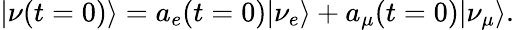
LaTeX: |\nu(t=0)\rangle=a_{e}(t=0)|\nu_{e}\rangle+a_{\mu}(t=0)|\nu_{\mu}\rangle.